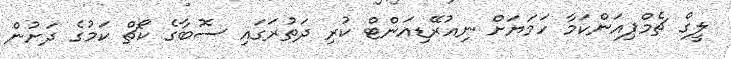
ލީގް ޗެމްޕިއަންކަމާ ހަމަޔަށް ނިއުރޭޑިއަންޓް ކުރި ދަތުރަގައި ސޮބާގެ ކޯޗް ކަމުގެ ދަށުން